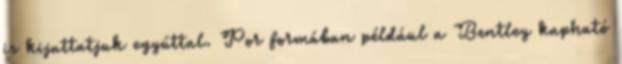
is kijuttatjuk egyúttal. Por formában például a Bentley kapható